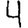
Digit: 4